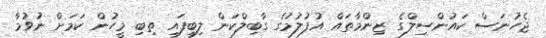
ޖެހުނަސް ކައުންސިލްގެ ޒިންމާތައް އުފުލުމުގެ ގާބިލްކަން ލިބިފައި ތިބި މީހުން ކަމަށް ނުވުމާ